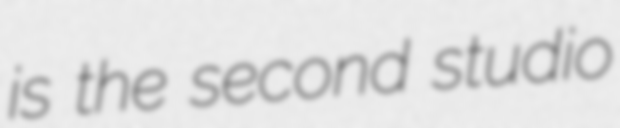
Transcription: is the second studio